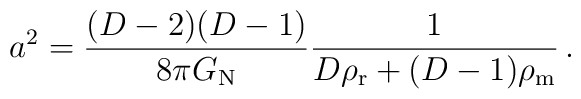
a^2=\frac{(D-2)(D-1)}{8\pi G_{\rm N}}\frac{1}{D\rho_{\rm r} + (D-1)\rho_{\rm m}}\, .